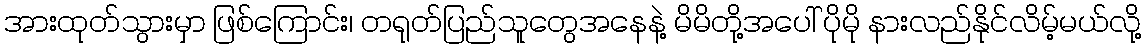
အားထုတ်သွားမှာ ဖြစ်ကြောင်း၊ တရုတ်ပြည်သူတွေအနေနဲ့ မိမိတို့အပေါ် ပိုမို နားလည်နိုင်လိမ့်မယ်လို့